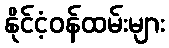
နိုင်ငံ့ဝန်ထမ်းများ